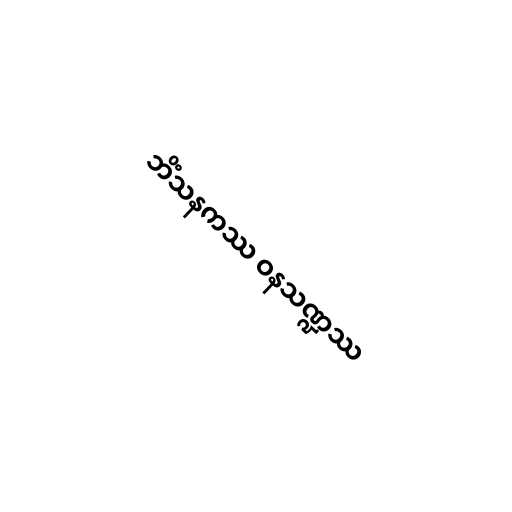
ဘိံသနကဿ ဝနသဏ္ဍဿ